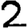
Digit: 2